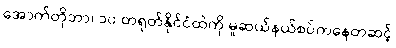
အောက်တိုဘာ၊ ၁၀ တရုတ်နိုင်ငံထဲကို မူဆယ်နယ်စပ်ကနေတဆင့်